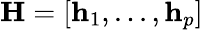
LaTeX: \mathbf{H}=[\mathbf{h}_{1},...,\mathbf{h}_{p}]